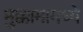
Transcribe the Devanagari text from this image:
मुक्कामामध्ये